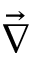
\vec { \nabla }